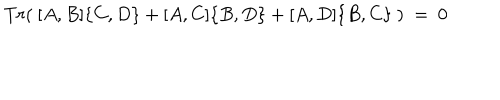
T r ( \ [ A , B ] \{ C , D \} + [ A , C ] \{ B , D \} + [ A , D ] \{ B , C \} \ ) \ = \ 0